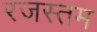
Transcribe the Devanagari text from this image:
रजस्तम